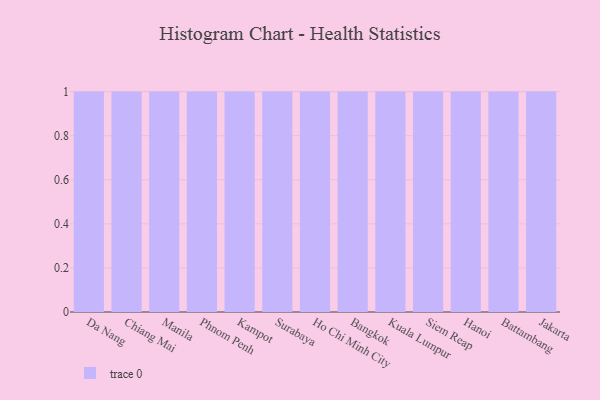
{"axis": {"x": "City", "y": "Bounce Rate (%)"}, "legend": [""], "data": [{"x": "Da Nang", "y": 62, "type": ""}, {"x": "Chiang Mai", "y": 70, "type": ""}, {"x": "Manila", "y": 78, "type": ""}, {"x": "Phnom Penh", "y": 68, "type": ""}, {"x": "Kampot", "y": 10, "type": ""}, {"x": "Surabaya", "y": 50, "type": ""}, {"x": "Ho Chi Minh City", "y": 16, "type": ""}, {"x": "Bangkok", "y": 81, "type": ""}, {"x": "Kuala Lumpur", "y": 65, "type": ""}, {"x": "Siem Reap", "y": 42, "type": ""}, {"x": "Hanoi", "y": 64, "type": ""}, {"x": "Battambang", "y": 24, "type": ""}, {"x": "Jakarta", "y": 6, "type": ""}]}